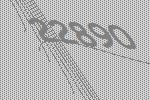
22890